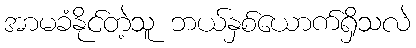
အာမခံနိုင်တဲ့သူ ဘယ်နှစ်ယောက်ရှိသလဲ